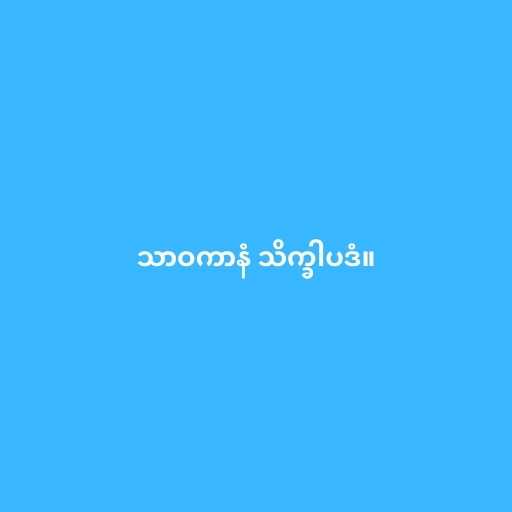
သာဝကာနံ သိက္ခါပဒံ။